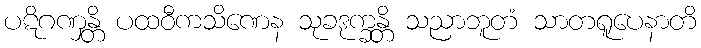
ပဋိဂဏှန္တိ ပထဝီကသိဏေန သုခဒုက္ခန္တိ သညာဘူတံ သာတရူပေနာတိ